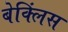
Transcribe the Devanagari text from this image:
बेक्लिंस